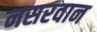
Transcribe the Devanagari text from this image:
नसरवान